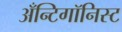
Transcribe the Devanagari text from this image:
अँन्टिगॉनिस्ट